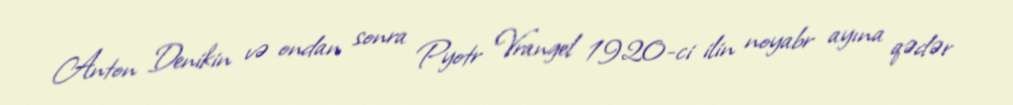
Anton Denikin və ondan sonra Pyotr Vrangel 1920-ci ilin noyabr ayına qədər